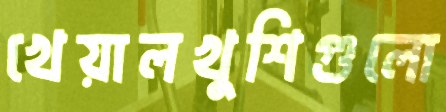
খেয়ালখুশিগুলো